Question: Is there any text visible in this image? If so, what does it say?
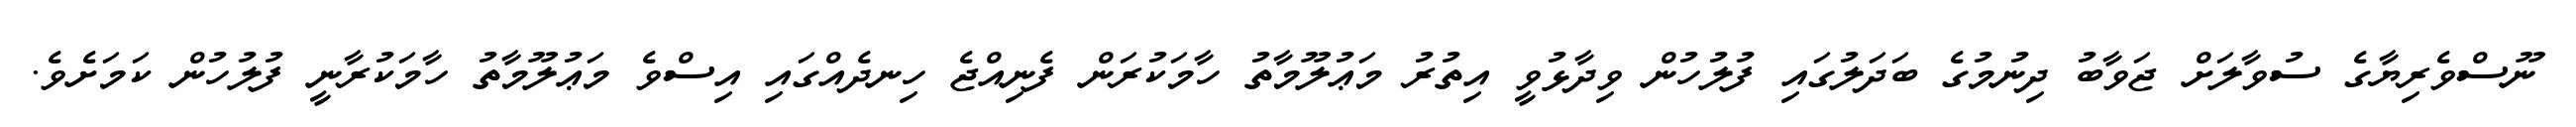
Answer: ނޫސްވެރިޔާގެ ސުވާލަށް ޖަވާބު ދިނުމުގެ ބަދަލުގައި ފުލުހުން ވިދާޅުވީ އިތުރު މަޢުލޫމާތު ހާމަކުރަން ފެނިއްޖެ ހިނދެއްގައި އިސްވެ މަޢުލޫމާތު ހާމަކުރާނީ ފުލުހުން ކަމަށެވެ.